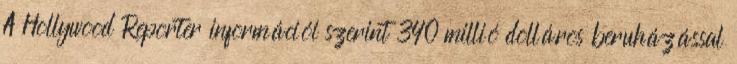
A Hollywood Reporter információi szerint 340 millió dolláros beruházással